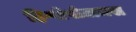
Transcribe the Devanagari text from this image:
हिप्पोपोटामस